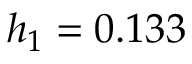
h _ { 1 } = 0 . 1 3 3